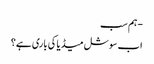
- ہم سب
اب سوشل میڈیا کی باری ہے؟